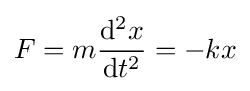
F=m{\frac {\mathrm {d} ^{2}x}{\mathrm {d} t^{2}}}=-kx